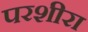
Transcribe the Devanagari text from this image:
परशीरा